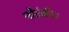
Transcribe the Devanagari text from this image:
नौटंकी।